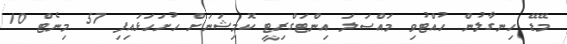
މޭޑޭ ހިނގާލުން ހުއްޓުވި މައްސަލަ އިންޓަގްރިޓީ ކޮމިޝަނަށް ހުށަހަޅައިފި 57 މިނެޓް 10